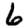
Digit: 6